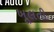
ખૂલતી